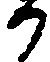
候